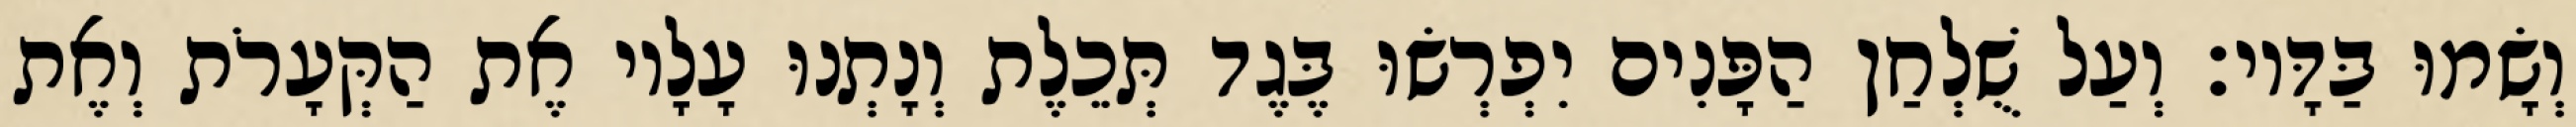
וְשָׂמוּ בַּדָּיו׃ וְעַל שֻׁלְחַן הַפָּנִים יִפְרְשׂוּ בֶּגֶד תְּכֵלֶת וְנָתְנוּ עָלָיו אֶת הַקְּעָרֹת וְאֶת